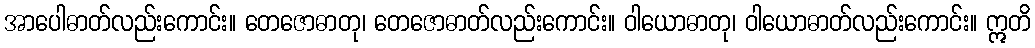
အာပေါဓာတ်လည်းကောင်း။ တေဇောဓာတု၊ တေဇောဓာတ်လည်းကောင်း။ ဝါယောဓာတု၊ ဝါယောဓာတ်လည်းကောင်း။ ဣတိ